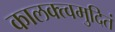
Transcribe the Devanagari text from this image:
कालक्त्वमुदितं